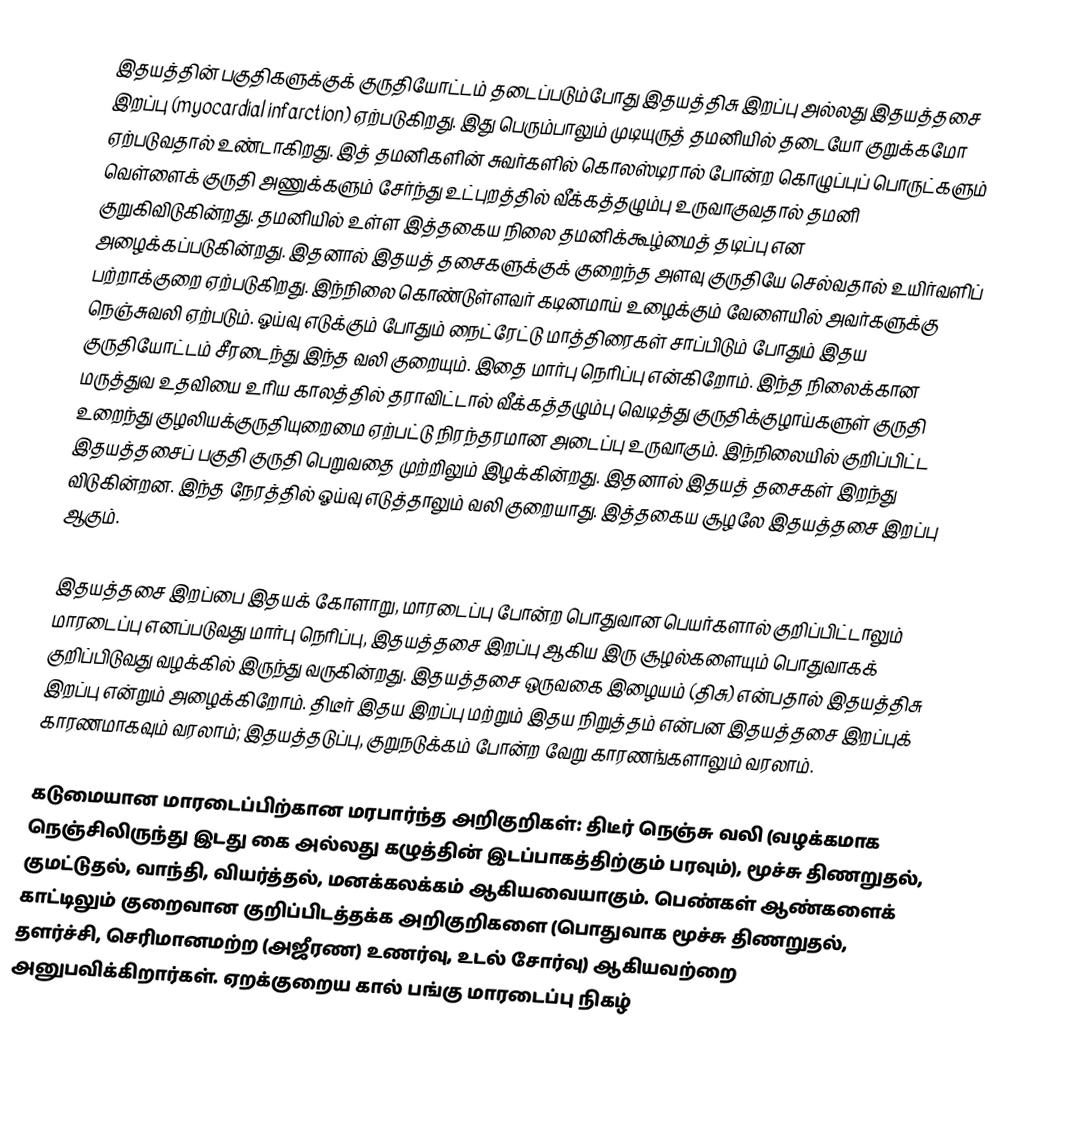
இதயத்தின் பகுதிகளுக்குக் குருதியோட்டம் தடைப்படும்போது இதயத்திசு இறப்பு அல்லது இதயத்தசை இறப்பு (myocardial infarction) ஏற்படுகிறது. இது பெரும்பாலும் முடியுருத் தமனியில் தடையோ குறுக்கமோ ஏற்படுவதால் உண்டாகிறது. இத் தமனிகளின் சுவர்களில் கொலஸ்டிரால் போன்ற கொழுப்புப் பொருட்களும் வெள்ளைக் குருதி அணுக்களும் சேர்ந்து உட்புறத்தில் வீக்கத்தழும்பு உருவாகுவதால் தமனி குறுகிவிடுகின்றது. தமனியில் உள்ள இத்தகைய நிலை தமனிக்கூழ்மைத் தடிப்பு என அழைக்கப்படுகின்றது. இதனால் இதயத் தசைகளுக்குக் குறைந்த அளவு குருதியே செல்வதால் உயிர்வளிப் பற்றாக்குறை ஏற்படுகிறது. இந்நிலை கொண்டுள்ளவர் கடினமாய் உழைக்கும் வேளையில் அவர்களுக்கு நெஞ்சுவலி ஏற்படும். ஓய்வு எடுக்கும் போதும் நைட்ரேட்டு மாத்திரைகள் சாப்பிடும் போதும் இதய குருதியோட்டம் சீரடைந்து இந்த வலி குறையும். இதை மார்பு நெரிப்பு என்கிறோம். இந்த நிலைக்கான மருத்துவ உதவியை உரிய காலத்தில் தராவிட்டால் வீக்கத்தழும்பு வெடித்து குருதிக்குழாய்களுள் குருதி உறைந்து குழலியக்குருதியுறைமை ஏற்பட்டு நிரந்தரமான அடைப்பு உருவாகும். இந்நிலையில் குறிப்பிட்ட இதயத்தசைப் பகுதி குருதி பெறுவதை முற்றிலும் இழக்கின்றது. இதனால் இதயத் தசைகள் இறந்து விடுகின்றன. இந்த நேரத்தில் ஓய்வு எடுத்தாலும் வலி குறையாது. இத்தகைய சூழலே இதயத்தசை இறப்பு ஆகும்.

இதயத்தசை இறப்பை இதயக் கோளாறு, மாரடைப்பு போன்ற பொதுவான பெயர்களால் குறிப்பிட்டாலும் மாரடைப்பு எனப்படுவது மார்பு நெரிப்பு, இதயத்தசை இறப்பு ஆகிய இரு சூழல்களையும் பொதுவாகக் குறிப்பிடுவது வழக்கில் இருந்து வருகின்றது. இதயத்தசை ஒருவகை இழையம் (திசு) என்பதால் இதயத்திசு இறப்பு என்றும் அழைக்கிறோம். திடீர் இதய இறப்பு மற்றும் இதய நிறுத்தம் என்பன இதயத்தசை இறப்புக் காரணமாகவும் வரலாம்; இதயத்தடுப்பு, குறுநடுக்கம் போன்ற வேறு காரணங்களாலும் வரலாம்.

கடுமையான மாரடைப்பிற்கான மரபார்ந்த அறிகுறிகள்: திடீர் நெஞ்சு வலி (வழக்கமாக நெஞ்சிலிருந்து இடது கை அல்லது கழுத்தின் இடப்பாகத்திற்கும் பரவும்), மூச்சு திணறுதல், குமட்டுதல், வாந்தி, வியர்த்தல், மனக்கலக்கம் ஆகியவையாகும். பெண்கள் ஆண்களைக் காட்டிலும் குறைவான குறிப்பிடத்தக்க அறிகுறிகளை (பொதுவாக மூச்சு திணறுதல், தளர்ச்சி, செரிமானமற்ற (அஜீரண) உணர்வு, உடல் சோர்வு) ஆகியவற்றை அனுபவிக்கிறார்கள். ஏறக்குறைய கால் பங்கு மாரடைப்பு நிகழ்